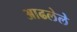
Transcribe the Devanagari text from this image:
आढलेले